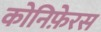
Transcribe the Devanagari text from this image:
कोनिफ़ेरस